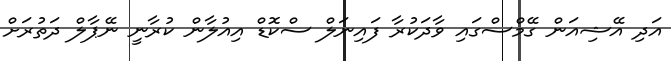
އަދި އޭޝިއަން ގޭމްސްގައި ވާދަކުރާ ފައިނަލް ސްކޮޑް އިއުލާން ކުރާނީ ނޭޕާލް ދަތުރަށް